Document type: Sale
Year: 1461
Scribe: [Unknown]
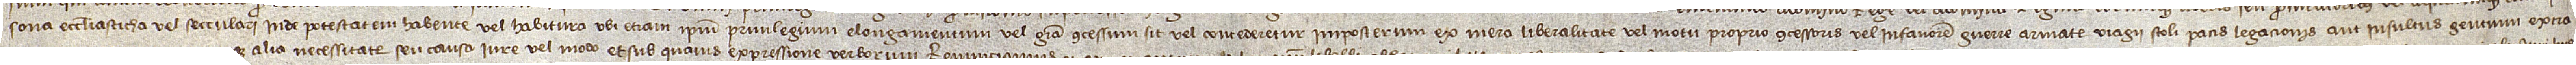
sona ecclesiastica vel secculari inde potestatem habente vel habitura ubi etiam ipsum privilegium elongamentum vel gratia concessum sit vel concederetur imposterum ex mera liberalitate vel motu proprio concessoris vel infavorem guerre, armate, viagii, stoli, pacis, legacionis aut insultus gentium extra-